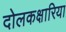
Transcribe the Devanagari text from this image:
दोलकक्षारिया